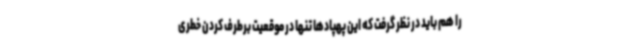
را هم باید در نظر گرفت که این پهپادها تنها در موقعیت برطرف کردن خطری